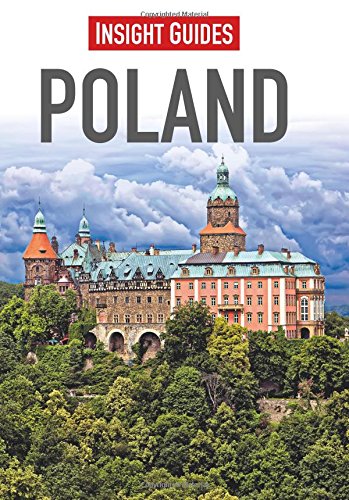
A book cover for Insight Guides: Poland; Insight Guides; Travel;